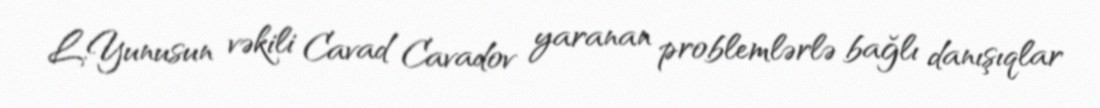
L.Yunusun vəkili Cavad Cavadov yaranan problemlərlə bağlı danışıqlar